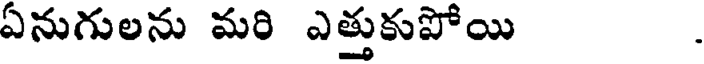
ఏనుగులను మరి ఎత్తుకుపోయి